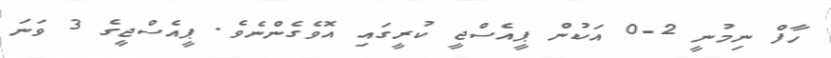
ހާފް ނިމުނީ 2-0 އަކުން ޕީއެސްޖީ ކުރީގައި އޮވެގެންނެވެ. ޕީއެސްޖީގެ 3 ވަނަ